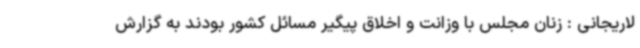
لاریجانی : زنان مجلس با وزانت و اخلاق پیگیر مسائل کشور بودند به گزارش